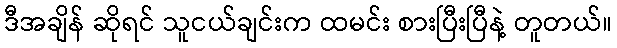
ဒီအချိန် ဆိုရင် သူငယ်ချင်းက ထမင်း စားပြီးပြီနဲ့ တူတယ်။